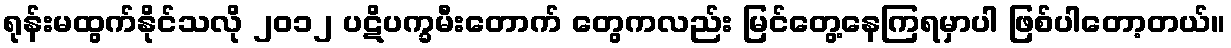
ရုန်းမထွက်နိုင်သလို ၂၀၁၂ ပဋိပက္ခမီးတောက် တွေကလည်း မြင်တွေ့နေကြရမှာပါ ဖြစ်ပါတော့တယ်။